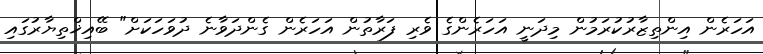
އަހަރެން އިންތިޒާރުކުރަމުން މިދަނީ އަހަރެންގެ ވެރި ފަރާތުން އަހަރެން ގެންދަވާނެ ދުވަހަކަށް" ބޭއިޚްތިޔާރުގައި